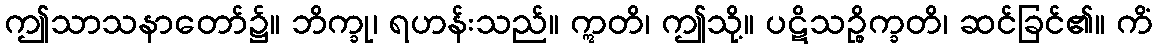
ဤသာသနာတော်၌။ ဘိက္ခု၊ ရဟန်းသည်။ ဣတိ၊ ဤသို့။ ပဋိသဉ္စိက္ခတိ၊ ဆင်ခြင်၏။ ကိံ